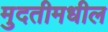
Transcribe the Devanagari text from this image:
मुदतीमधील